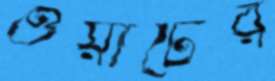
ওয়াটের